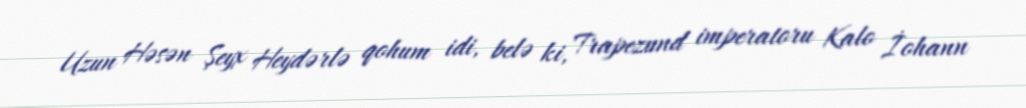
Uzun Həsən Şeyx Heydərlə qohum idi, belə ki, Trapezund imperatoru Kalo İohann